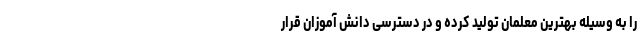
را به وسیله بهترین معلمان تولید کرده و در دسترسی دانش آموزان قرار